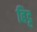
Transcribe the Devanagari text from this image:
हिट्ट